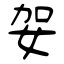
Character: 妿